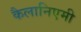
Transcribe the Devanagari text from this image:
कैलानिएमी